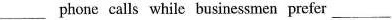
___phone calls while businessmen prefer___